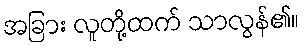
အခြား လူတို့ထက် သာလွန်၏။